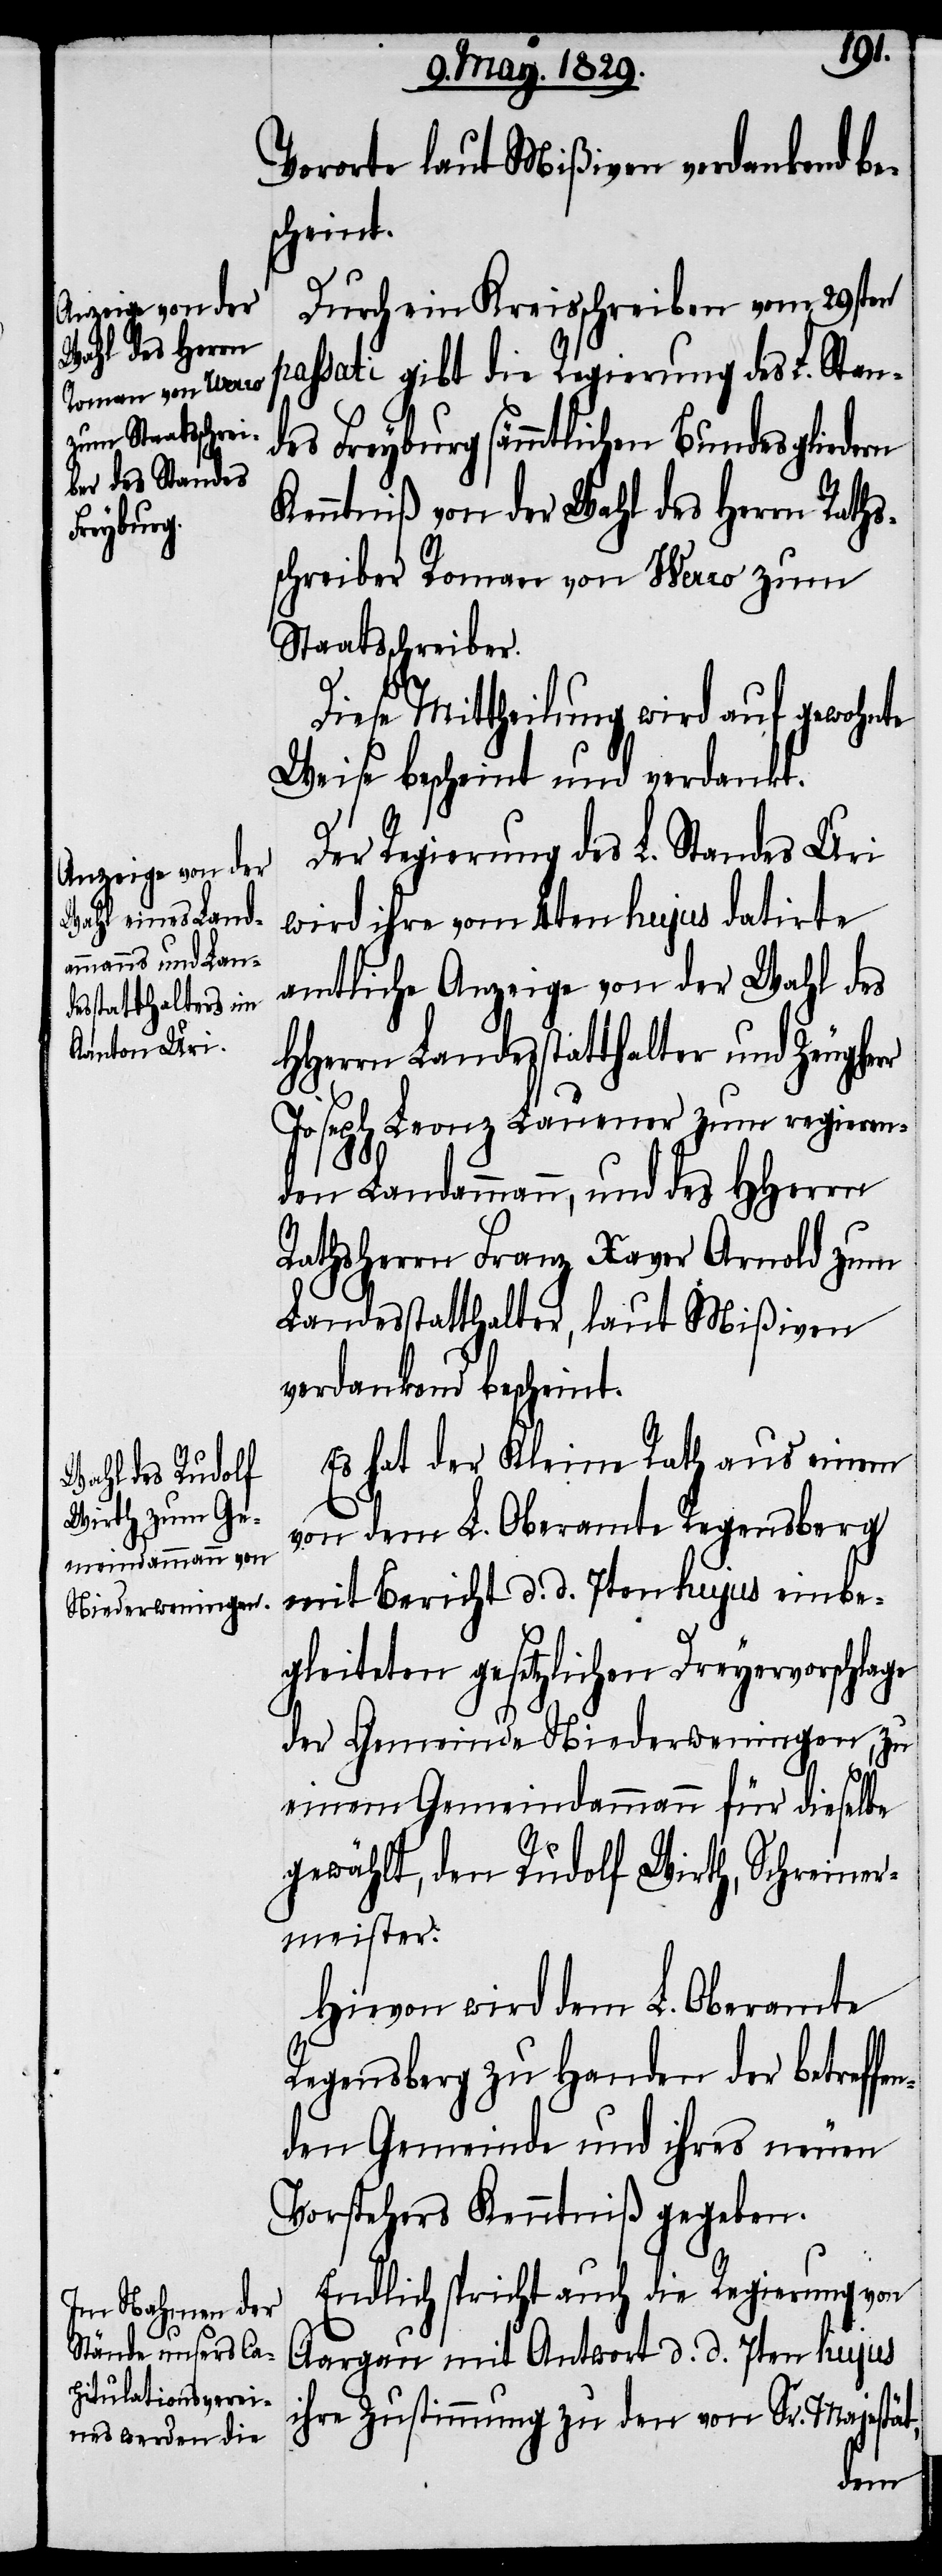
Vororte laut Mißiven verdankend be¬
scheint.
Durch ein Kreisschreiben vom 29sten
passati gibt die Regierung des L. Stan¬
des Freyburg sämmtlichen Bundesgliedern
Kenntniß von der Wahl des Herrn Raths¬
schreiber Roman von Werro zum
Staatsschreiber.
Der Regierung L. Standes Uri
wird ihre vom 4ten hujus datirte
amtliche Anzeige von der Wahl des
HHerrn Landesstatthalter und Zeugherr
Joseph Leonz Lauener zum regieren¬
den Landammann, und des HHerrn
Rathsherrn Franz Xaver Arnold zum
Landesstatthalter, laut Mißiven
verdankend bescheint.
Es hat der Kleine Rath aus einem
von dem L. Oberamte Regensberg
mit Bericht d. d. 7ten hujus eingebe¬
gleiteten gesetzlichen Dreyervorschlage
der Gemeinde Niederweningen, zu
einem Gemeindammann für dieselbe
gewählt, den Rudolf Wirth, Schreiner¬
meister:
Hiervon wird dem L. Oberamte
Regensberg zu Handen der betreff¬
den Gemeinde und ihres neuen
Vorstehers Kenntniß gegeben.
Endlich spricht auch die Regierung von
Aargau mit Antwort d. d. 7ten hujus
ihre Zustimmung zu den von Sr. Majestät,
en¬